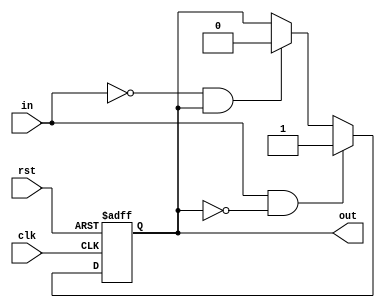
module Schmitt_trigger_inverter (
    input wire clk,
    input wire rst,
    input wire in,
    output wire out
);

parameter HIGH_TRIP = 1'b1;  // Adjust the high trip point here
parameter LOW_TRIP = 1'b0;  // Adjust the low trip point here

reg out_reg;

always @ (posedge clk or posedge rst) begin
    if (rst) begin
        out_reg <= 1'b0;
    end else begin
        if (in && !out_reg) begin
            out_reg <= HIGH_TRIP;
        end else if (!in && out_reg) begin
            out_reg <= LOW_TRIP;
        end
    end
end

assign out = out_reg;

endmodule